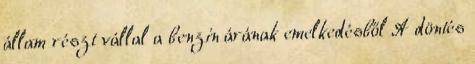
állam részt vállal a benzin árának emelkedésből A döntés